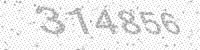
Solution: 314856